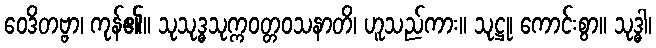
ဝေဒိတဗ္ဗာ၊ ကုန်၏။ သုသုဒ္ဓသုက္ကဝတ္တဝသနာတိ၊ ဟူသည်ကား။ သုဋ္ဌု၊ ကောင်းစွာ။ သုဒ္ဓါ၊